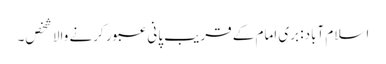
اسلام آباد: بری امام کے قریب پانی عبور کرنے والا شخص۔